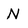
Character: N